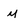
Character: m